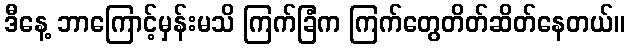
ဒီနေ့ ဘာကြောင့်မှန်းမသိ ကြက်ခြံက ကြက်တွေတိတ်ဆိတ်နေတယ်။